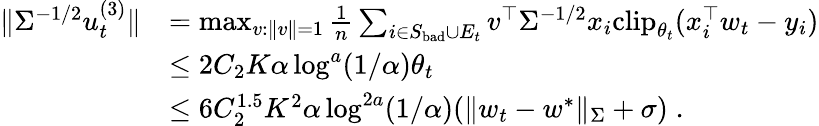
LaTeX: \begin{array}{rl}{\| \Sigma^{-1/2}u_{t}^{(3)}\| }&{=\operatorname*{max}_{v:\| v\| =1}\frac{1}{n}\sum_{i\in S_{\mathrm{bad}}\cup E_{t}}v^{\top}\Sigma^{-1/2}x_{i}\mathrm{clip}_{\theta_{t}}(x_{i}^{\top}w_{t}-y_{i})}\\ &{\leq 2C_{2}K\alpha\log^{a}(1/\alpha)\theta_{t}}\\ &{\leq 6C_{2}^{1.5}K^{2}\alpha\log^{2a}(1/\alpha)(\| w_{t}-w^{*}\| _{\Sigma}+\sigma)\; .}\end{array}